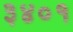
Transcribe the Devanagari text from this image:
३४०१